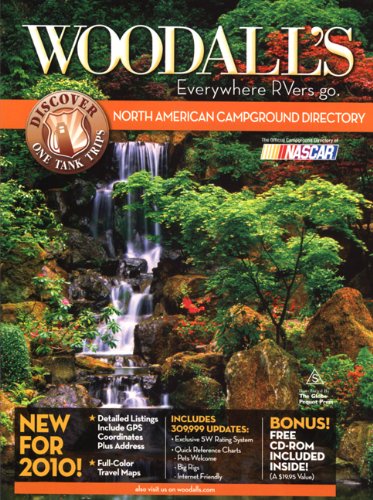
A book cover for Woodall's North American Campground Directory with CD, 2010 (Good Sam RV Travel Guide & Campground Directory); Woodall's Publications Corp.; Travel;